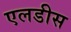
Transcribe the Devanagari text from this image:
एलडीस